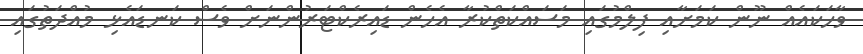
ވާހަކައެއް ނޫން ކަމަށާއި ފިލްމުގައި މަސައްކަތްކުރާ އެހެން ޑައިރެކްޓަރުންނަށް ވެސް ކަނޑައެޅި މުއްދަތުގައި